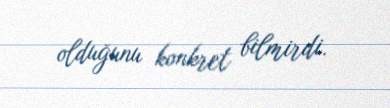
olduğunu konkret bilmirdi.